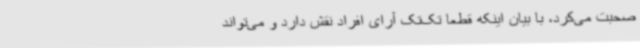
صحبت می‌کرد، با بیان اینکه قطعا تک‌تک آرای افراد نقش دارد و می‌تواند